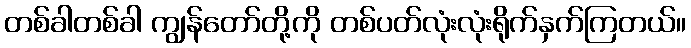
တစ်ခါတစ်ခါ ကျွန်တော်တို့ကို တစ်ပတ်လုံးလုံးရိုက်နှက်ကြတယ်။